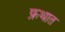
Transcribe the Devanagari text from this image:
फ्रथात